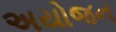
અયોજન